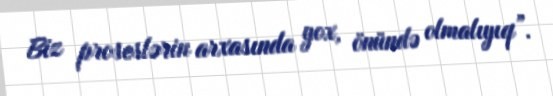
Biz proseslərin arxasında yox, önündə olmalıyıq”.